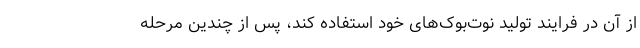
از آن در فرایند تولید نوت‌بوک‌های خود استفاده کند، پس از چندین مرحله